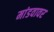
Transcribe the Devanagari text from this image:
मांडवावर